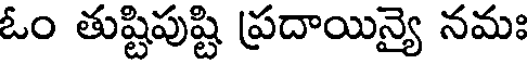
ఓం తుష్టిపుష్టి ప్రదాయిన్యై నమః